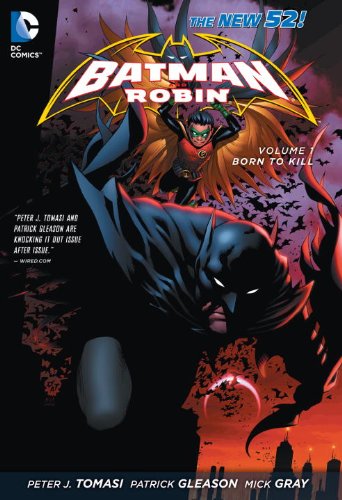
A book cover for Batman and Robin Vol. 1: Born to Kill (The New 52); Peter J. Tomasi; Comics & Graphic Novels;